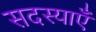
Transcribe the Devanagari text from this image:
सदस्याएँ